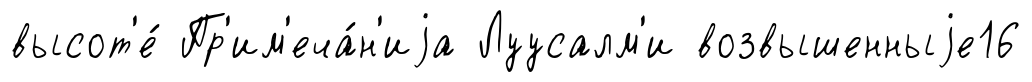
высот'е́ Пр'им'еча́н'иjа Луусалм'и возвышенныjе16